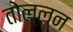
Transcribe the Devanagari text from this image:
तोल्लन